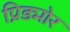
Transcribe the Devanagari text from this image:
प्रिड्मोर